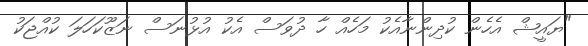
"ޔައީޝް އެހެން ކުދިންނާއެކު މަހެއް ހާ ދުވަސް އެކު އުޅުނަސް ނަޒޫކަހަލަ ކުއްޖަކު